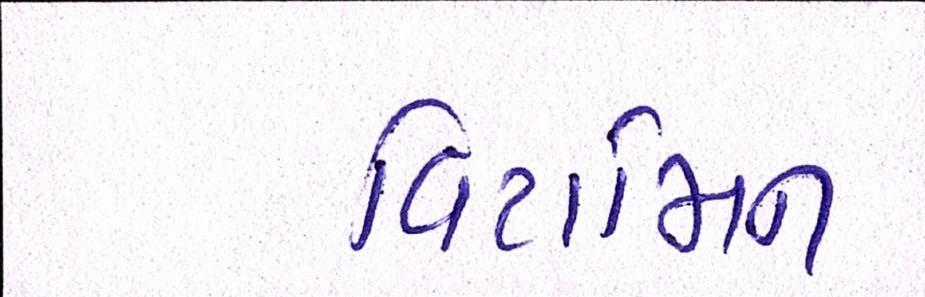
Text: વિટામિન